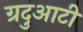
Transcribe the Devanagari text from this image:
ग्रदुआटीं